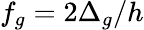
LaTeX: f_{g}=2\Delta_{g}/h